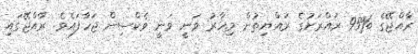
ރާއްޖޭގެ %95 ރައްރަށުގެ ރައްޔިތުން މިހާރު ވަނީ ވަނީ ވެކްސިން ޖަހާފައެވެ. ރާއްޖޭގައި